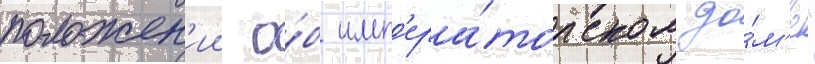
положен'ии о́б имп'ера́торском до́м'е"